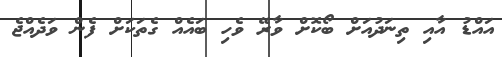
އައްޑު އާއި ތިނަދުއަށް ބޯކޮށް ވާރޭ ވެހި ބައެއް ގެތަކަށް ފެން ވަދެއްޖެ